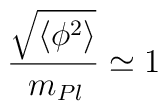
\frac{\sqrt{\langle\phi^2\rangle}}{\,m_{Pl}}\simeq 1